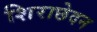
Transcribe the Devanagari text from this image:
शिराछेदन